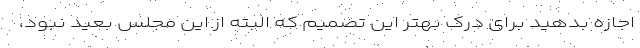
اجازه بدهید برای درک بهتر این تصمیم که البته از این مجلس بعید نبود،